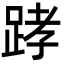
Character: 踍